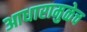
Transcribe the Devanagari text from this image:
आधारामुळेच